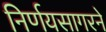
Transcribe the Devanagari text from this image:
निर्णयसागरने